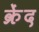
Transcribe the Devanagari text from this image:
क्रेंद